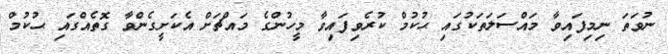
ނުވަތަ ނިމިފައިވާ މައްސަލަތަކުގައި ޙުކުމް ކުރެވިފައިވާ މީހުންގެ މައްޗަށް އެކަށީގެންވާ ގޮތެއްގައި ޙުކުމް